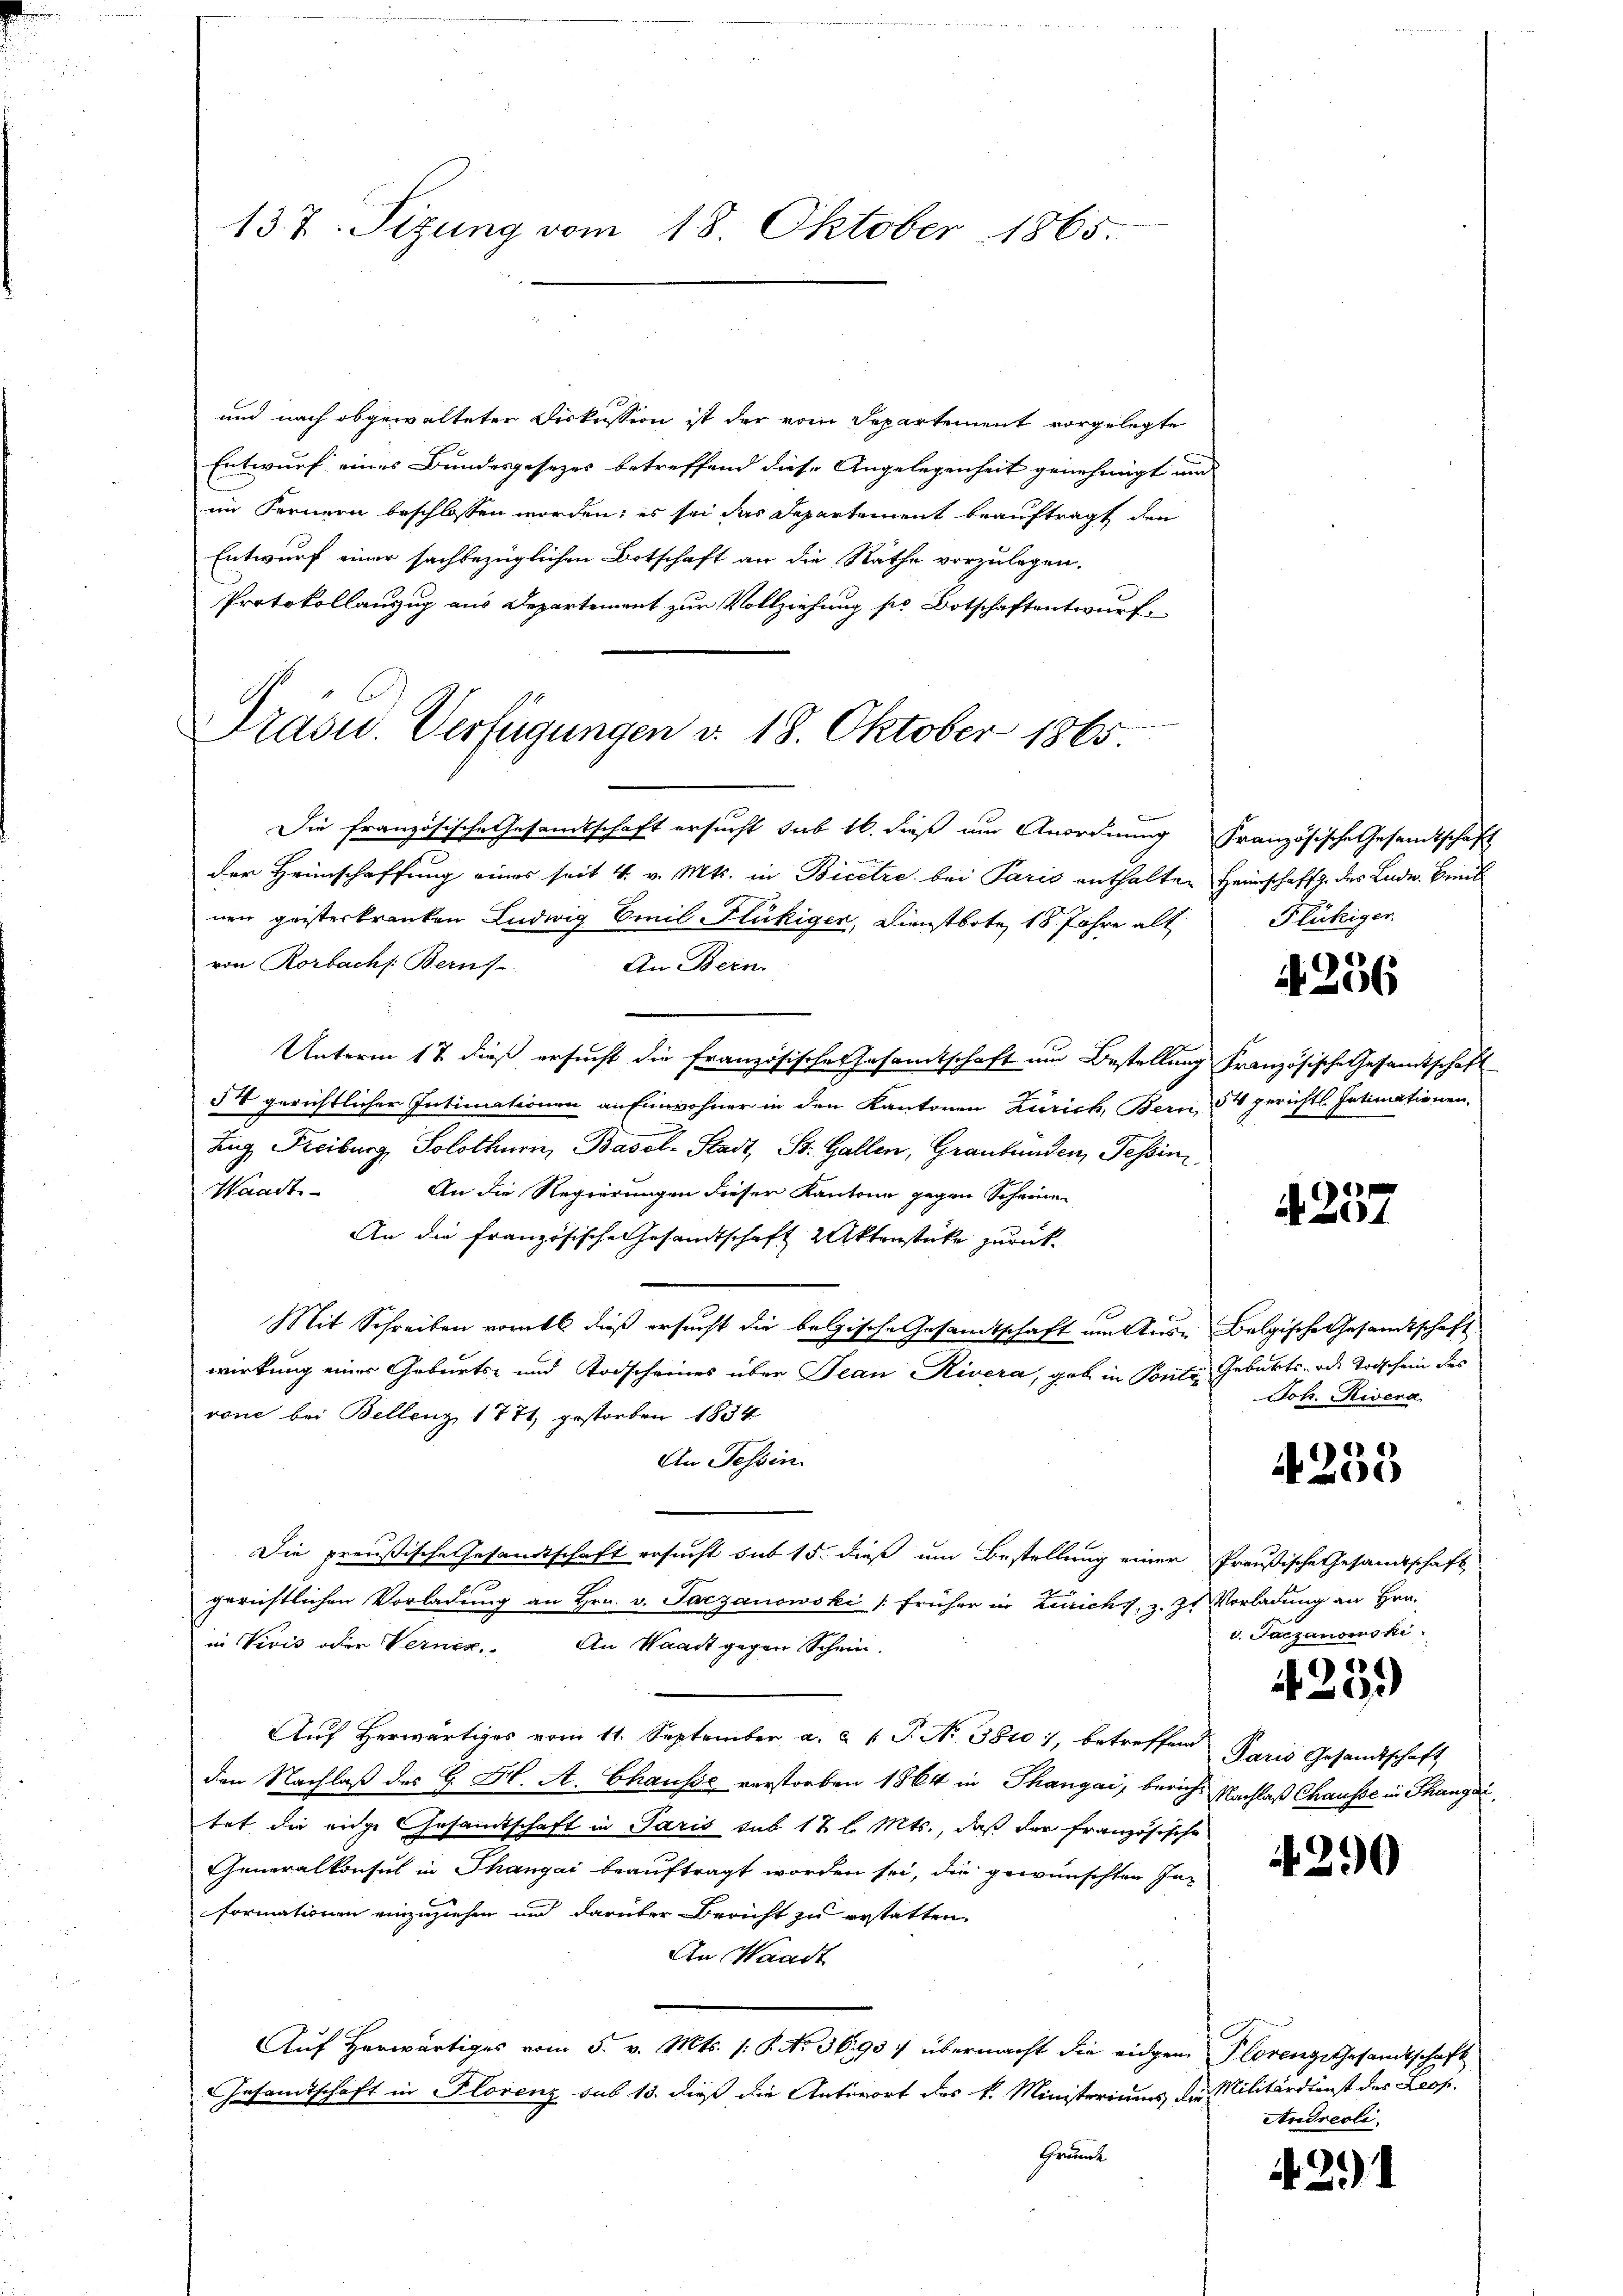
137. Sizung vom 18. Oktober 1865.

Präsid.. Verfügungen d. 18. Oktober 1865.

und nach abgewalteten Diskussion ist der vom Departement vorgelegte
Entwurf eines Bundesgesezes betreffend diese Angelegenheit genehmigt und
im Fernern beschlossen worden; es sei das Departement beauftragt den
Entwurf einer sachbezüglichen Botschaft an die Rathe vorzulegen.
Protokollanzug aus Departement zur Vollziehung sie Botschaftentwurf.
Die französische Gesandtschaft ersucht sub 16. dieß um Anordnung französische Gesandtschaft
der Heimschaffung eines seit 4. v. Mts. in Bicetze bei Paris enthalten Heimschafft des Lude. Beit
nen geisterkranken Ludwig Emil Flückiger, Dienstbote, 18 Jahre alt
von Rorbachs Berns
An Bern.
Unterm 17. dieß ersucht die französische Gesamtschaft um Bestellung Französische Gesamtschaft
54 gerichtlicher Intimationen an Einwohner in den Kantonen Zürich, Bern 54 gerichtl. Intimationen,
Lug Freiburg, Solothurn, Basel-Stadt, St. Gallen, Graubünden, Tessin
Waadt
An die Regierungen dieser Kantone gegen Scheinen
An die französische Gesandtschaft 2 Aktenstücke zurück¬
Mit Schreiben vorabl dieß ersucht die belgische Gesamtschaft am Tuor Belgische Gesandtschaft
wirkung einer Geburts- und Todscheines über Jean Rivera, geb in Ponte Geburts- oder Todschein des
vone bei Bellenz, 1771, gestorben 1834
An Tessin
Die preußische Gesandtschaft ersucht sub 15. dieß um Bestellung einer Preußische Gesandtschaft
gerichtlichen Vorladung an Hrn. v. Tarzanowski (früher in Zürichs, z. Z. Vorladung an Hrn.
in Vivis oder Verner. An Waadt gegen Schwin-
Auf herwärtiges vom 11. September a. a. 1 S. Nr. 3810), betreffend
den Nachlaß des G. H. A. Chausse verstorben 1864 in Thangai, bericht Nachlaß Chausse in Thangaitat die eige Gesandtschaft in Paris sub 12 l. Mts., daß der französische
Generalkonsul in Thangai beauftragt worden sei, die gewünschten Informationen einzuziehen und darüber Bericht zu erstatten.
An Waadt
Auf herwärtiges vom 5. v. Mts. /: P. Nr. 3695: übermacht die eidgen. Florenz Gesandtschaft
Gesamtschaft in Florenz sub 13. dieß die Antwort des k. Ministeriums die Militärdienst des Leop.
Grund

Flükiger

4256

4257

Joh. Rivera

4258

V. Jaczanowski

1
99

Paris Gesandtschaft

4290

Andreoli

29)